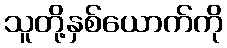
သူတို့နှစ်ယောက်ကို